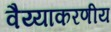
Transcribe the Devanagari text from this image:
वैय्याकरणीय